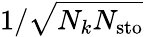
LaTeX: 1/\sqrt{N_{k}N_{\mathrm{sto}}}